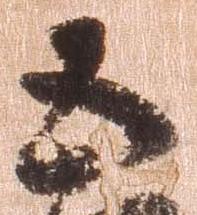
五